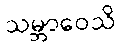
သမ္ဘာဝေသိ